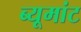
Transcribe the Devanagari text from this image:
ब्यूमांट